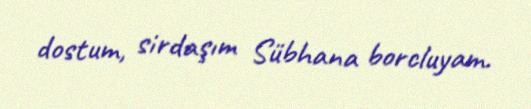
dostum, sirdaşım Sübhana borcluyam.